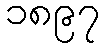
၁၈၉၇